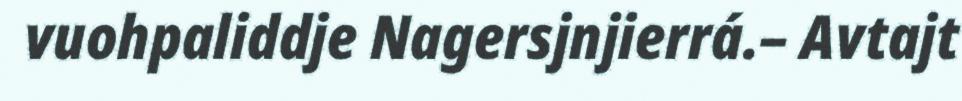
vuohpaliddje Nagersjnjierrá.– Avtajt